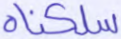
سلكناه